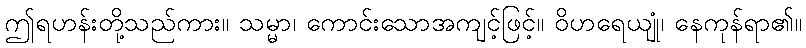
ဤရဟန်းတို့သည်ကား။ သမ္မာ၊ ကောင်းသောအကျင့်ဖြင့်။ ဝိဟရေယျုံ၊ နေကုန်ရာ၏။